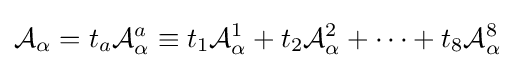
{\mathcal {A}}_{\alpha }=t_{a}{\mathcal {A}}_{\alpha }^{a}\equiv t_{1}{\mathcal {A}}_{\alpha }^{1}+t_{2}{\mathcal {A}}_{\alpha }^{2}+\cdots +t_{8}{\mathcal {A}}_{\alpha }^{8}